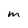
Character: m